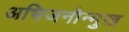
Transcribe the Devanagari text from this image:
अभिजनोन्मुख